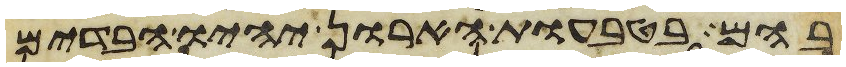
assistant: בהם בטבעות הארון יהיו הבדים